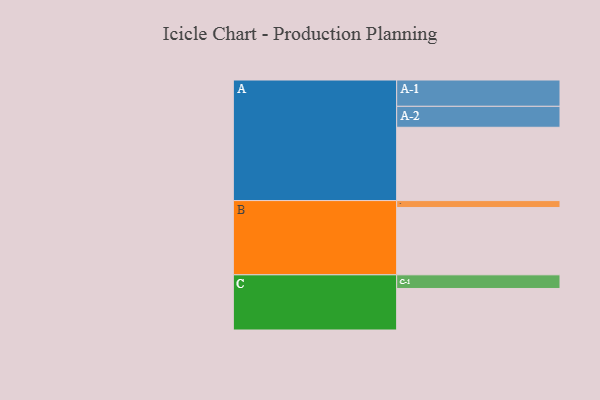
{"axis": {"x": "Segment", "y": "Value"}, "legend": ["", "A", "B", "C"], "data": [{"x": "A", "y": 574, "type": ""}, {"x": "B", "y": 527, "type": ""}, {"x": "C", "y": 325, "type": ""}, {"x": "A-1", "y": 206, "type": "A"}, {"x": "A-2", "y": 164, "type": "A"}, {"x": "B-1", "y": 54, "type": "B"}, {"x": "C-1", "y": 107, "type": "C"}]}